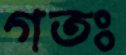
গতঃ